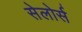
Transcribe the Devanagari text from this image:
सेलोर्स